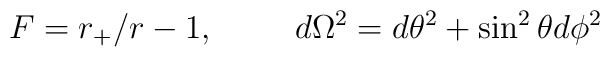
F=r_+/r -1 ,\hspace{1cm}d\Omega^2=d\theta^2 + \sin^2\theta d\phi^2